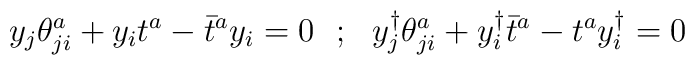
y_j \theta^a_{ji} + y_i t^a - \bar{t}^a y_i = 0 ~~;~~y_j^\dagger \theta^a_{ji} + y_i^\dagger \bar{t}^a - t^a y_i^\dagger = 0